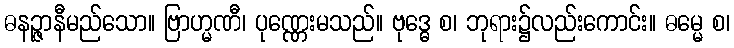
ဓနဉ္ဇာနီမည်သော။ ဗြာဟ္မဏီ၊ ပုဏ္ဏေးမသည်။ ဗုဒ္ဓေ စ၊ ဘုရား၌လည်းကောင်း။ ဓမ္မေ စ၊